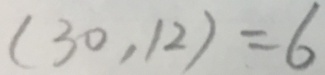
( 3 0 , 1 2 ) = 6